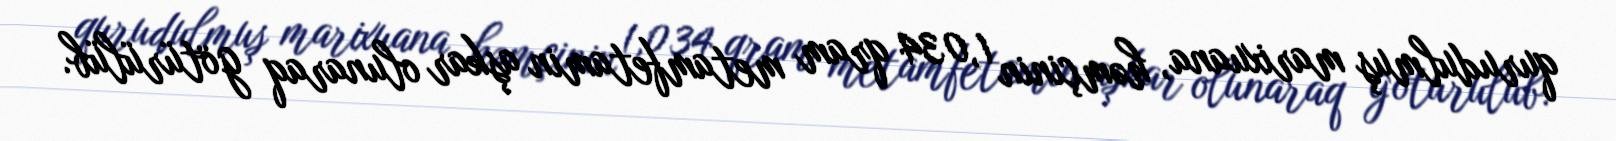
qurudulmuş marixuana, həmçinin 1,034 qram metamfetamin aşkar olunaraq götürülüb.